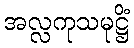
အလ္လကုသမုဋ္ဌိံ